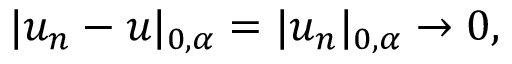
| u _ { n } - u | _ { 0 , \alpha } = | u _ { n } | _ { 0 , \alpha } \to 0 ,